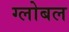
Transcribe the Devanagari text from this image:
ग्लोबल